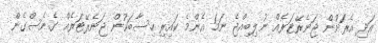
އަދި އެރަށުން ޖަނެރޭޓަރެއް ނުލިބިއްޖެ ނަމަ އެންމެ ކައިރި ހިސާބަކުން ޖަނެރޭޓަރެއް ގެނެސްގެން